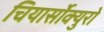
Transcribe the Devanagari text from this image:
चियार्सोक्युरो